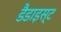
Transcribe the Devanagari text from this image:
डैडाइस्ट